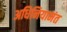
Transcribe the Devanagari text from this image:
अधिनियामंत